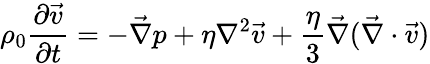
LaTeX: \rho_{0}\frac{\partial\vec{v}}{\partial t}=-\vec{\nabla}p+\eta\nabla^{2}\vec{v}+\frac{\eta}{3}\vec{\nabla}(\vec{\nabla}\cdot\vec{v})